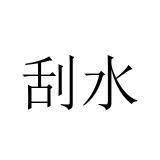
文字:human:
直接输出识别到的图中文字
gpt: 刮水